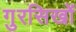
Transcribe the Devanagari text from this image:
गुरसिखों